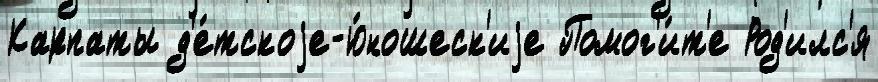
Карпаты д'е́тскоjе-ю́ношеск'иjе Помог'и́т'е Род'илс'я